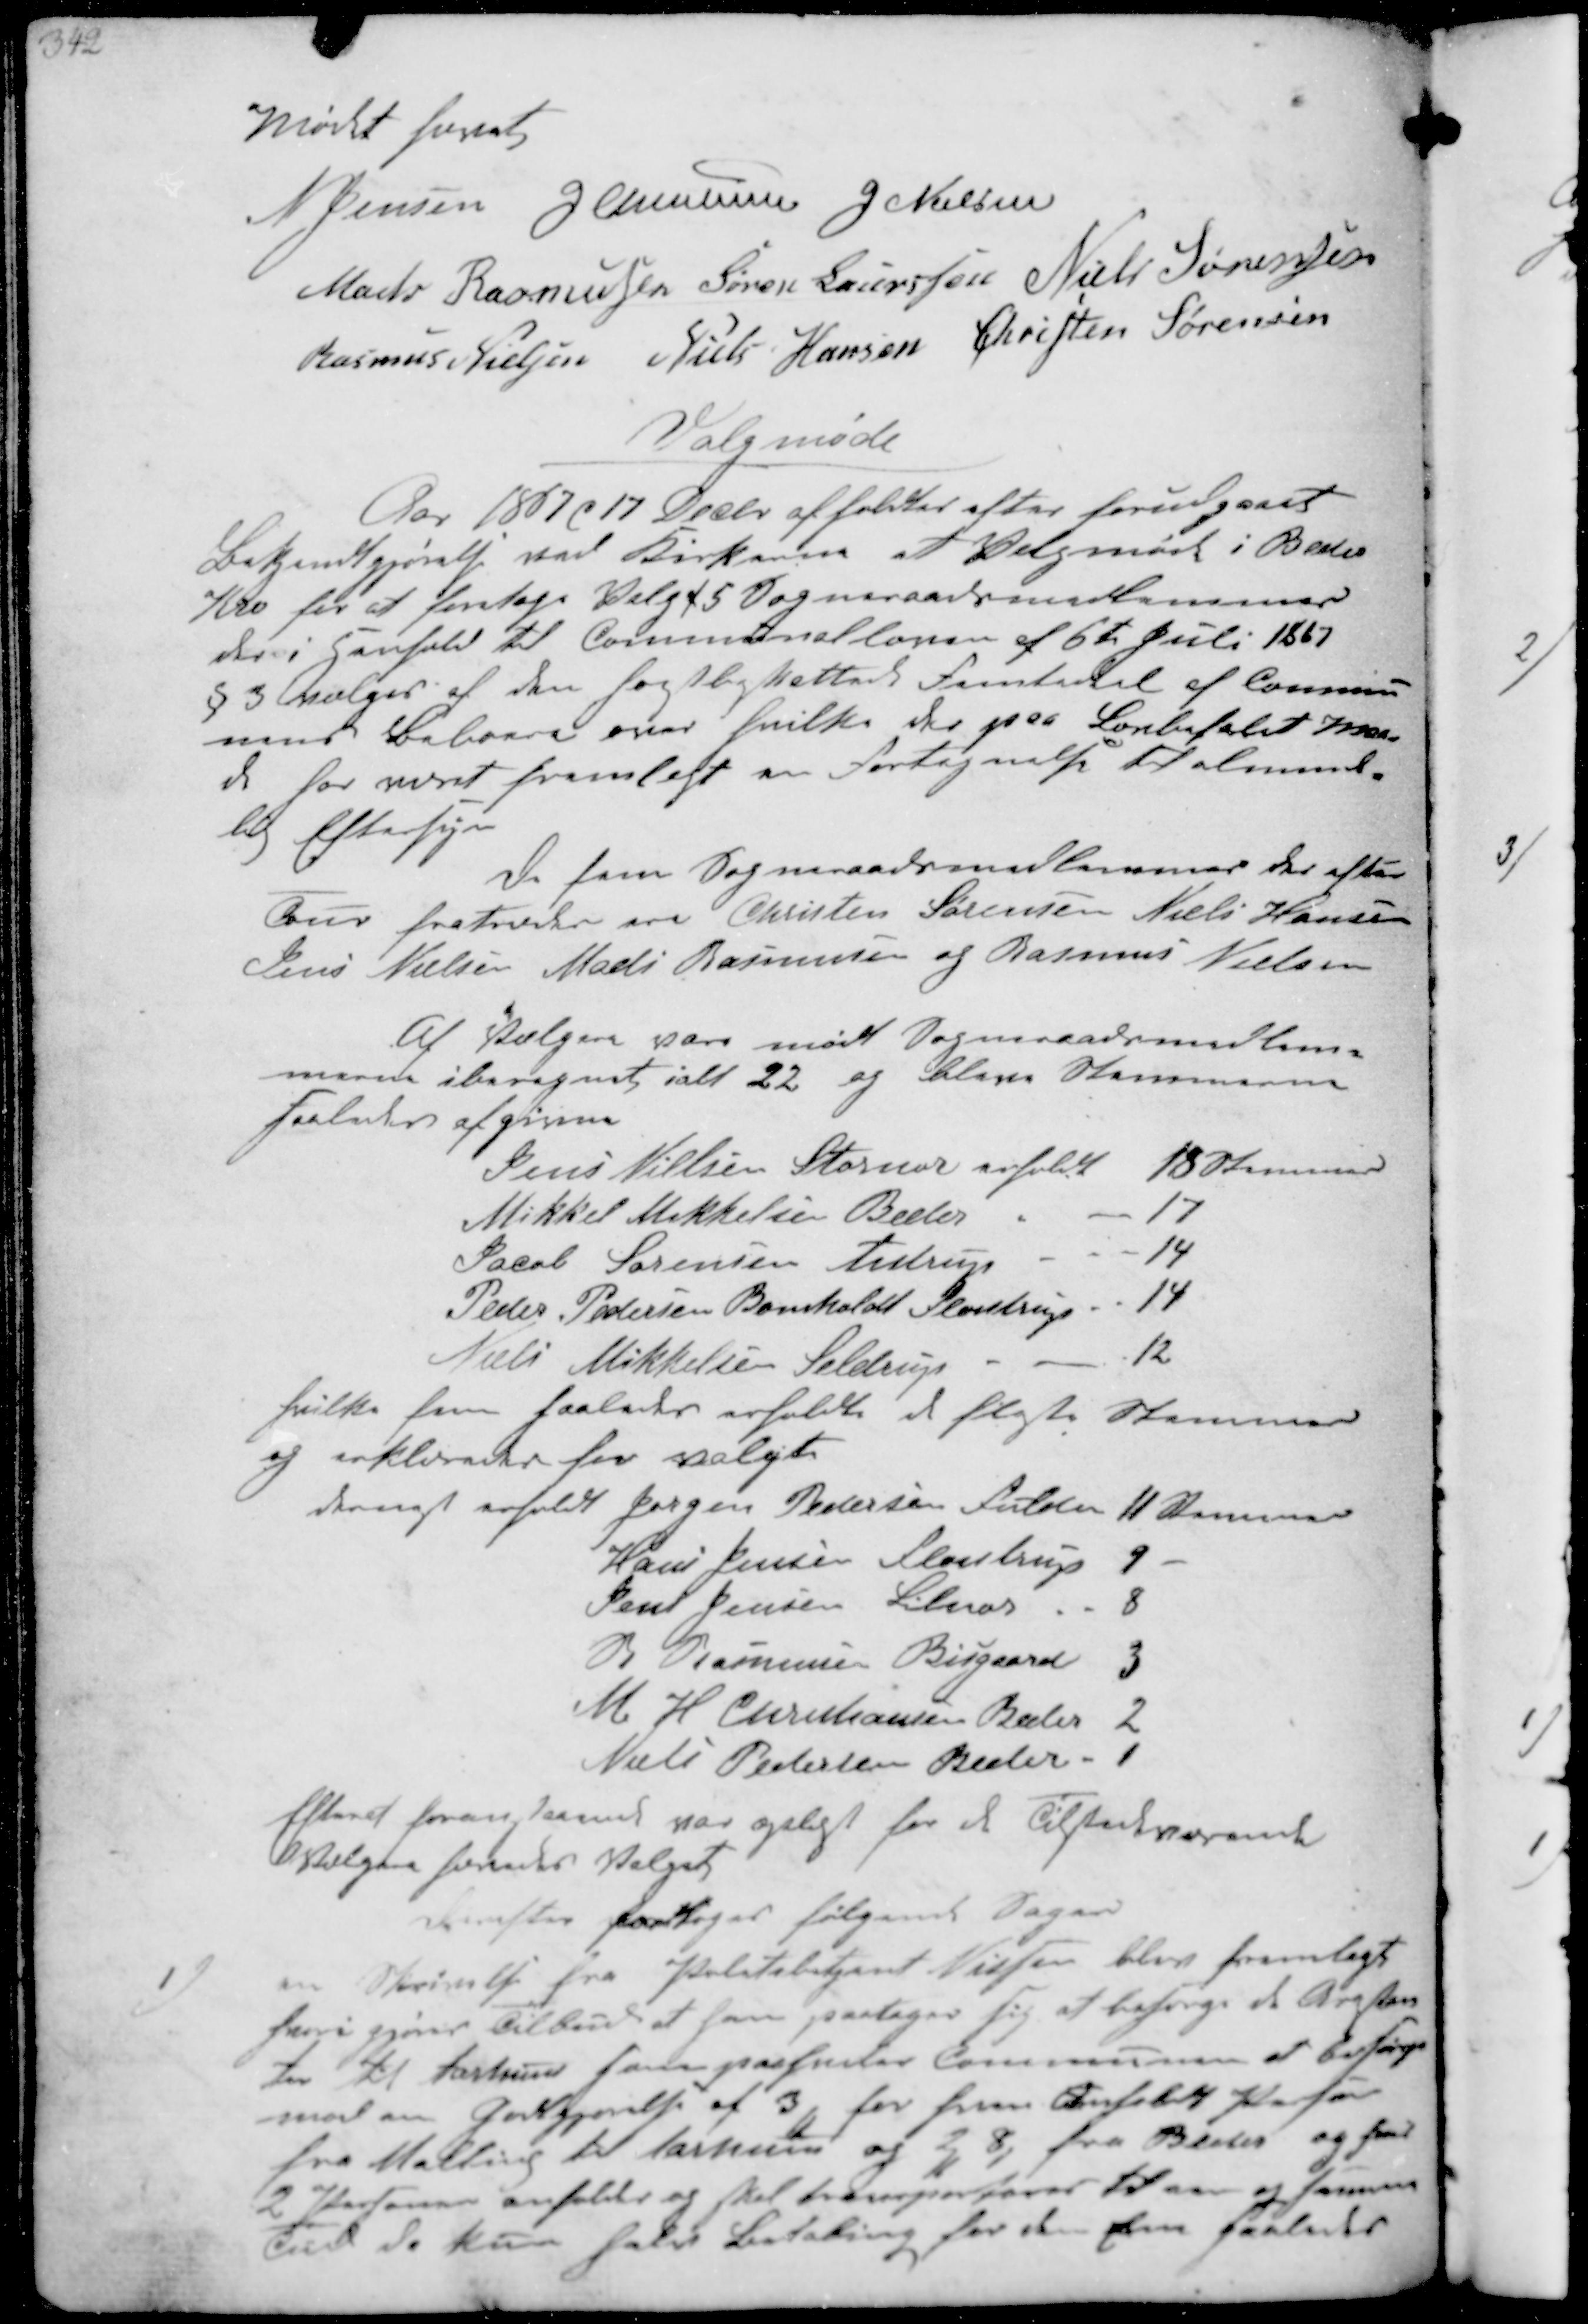
Transskription:
Mødet hævet
N Jensen J Christensen J Nielsen
Mads Rasmussen Søren Sørennsen Niels Sørensen
Rasmus Nielsen Niels Hansen Christen Sørensen

Valgmøde
Aar 1867 d. 17 Decbr afholdtes efter forudgaaet
Bekjendtgjørelse ved Kirkerne at Valgmøde i Beder
Kro for at foretage Valg af 5 Sogneraadsmedlemmer
der i Henhold til Communalloven af 6te Juli 1867
§3 Vælges af den høistbeskattede Femtedel af Commu-
nens Beboere over hvilke der paa Lovbefalet Maa-
de har været fremlagt en Fortegnelse almin-
lig Eftersyn
De fem Sogneraadsmedlemmer der efter
Tur fratræder er Christen Sørensen Niels Hansen
Jens Nielsen Mads Rasmussen og Rasmus Nielsen
Af Vælgere vare mødt Sogneraadsmedlem-
merne iberegnet ialt 22 og bleve Stemmerne
saaledes afgivne
Jens Nielsen Stornor erholdt 18 Stemmer
Mikkel Mikkelsen Beder
17
Jacob Sørensen Aistrup
14
Peder Pedersen Bomholdt Fløistrup
14
Niels Mikkelsen Seldrup
12
hvilke som saaledes erholdt de fleste Stemmer
og erklæredes for valgte
dernæst erholdt Jørgen Pedersen Fulden 11 Stemmer
Hans Jensen Fløistrup 9
Jens Jensen Lilnor 8
R Rasmussen Bisgaard 3
M H Christiansen Beder 2
Niels Pedersen Beder 1
Efterat foranstaaende var oplæst for de Tilstedeværende
Vælgere hævedes Valget

Derefter foretoges følgende Sager
1
en Skrivelse fra Politibetjent Nielsen blev fremlagt
hvori gjøres Tilbud at han paatager sig at besørge de Arrestan-
ter til Aarhus som paahviler Kommunen at besørge
mod en Godtgjørelse af 3 ₻ for hver anholdt Person
fra Malling til Aarhus og 2 ₻ 8 fra Beder og hvis
2 Personen anholdes og skal transporteres til en og samme
Tid da kun halv Betaling for den Ene saaledes